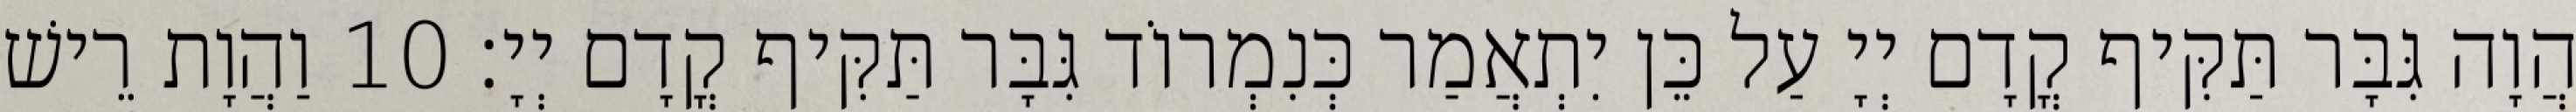
הֲוָה גִּבָּר תַּקִּיף קֳדָם יְיָ עַל כֵּן יִתְאֲמַר כְּנִמְרוֹד גִּבָּר תַּקִּיף קֳדָם יְיָ׃ 10 וַהֲוָת רֵישׁ